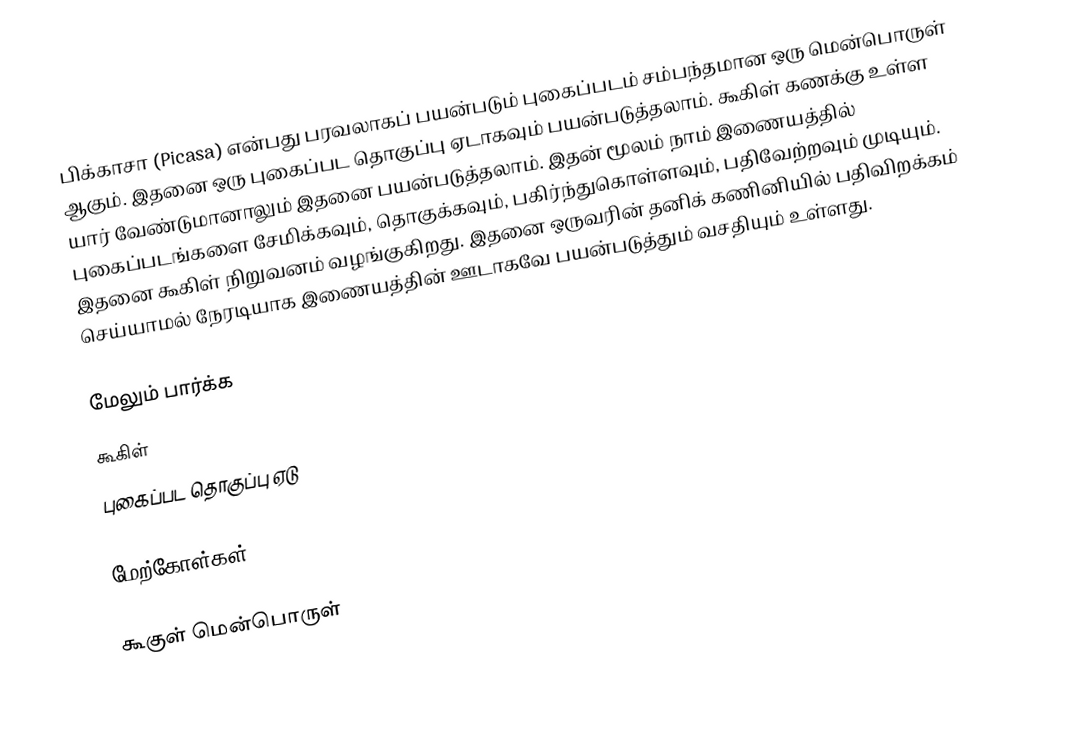
பிக்காசா (Picasa) என்பது பரவலாகப் பயன்படும் புகைப்படம் சம்பந்தமான ஒரு மென்பொருள் ஆகும். இதனை ஒரு புகைப்பட தொகுப்பு ஏடாகவும் பயன்படுத்தலாம். கூகிள் கணக்கு உள்ள யார் வேண்டுமானாலும் இதனை பயன்படுத்தலாம். இதன் மூலம் நாம் இணையத்தில் புகைப்படங்களை சேமிக்கவும், தொகுக்கவும், பகிர்ந்துகொள்ளவும், பதிவேற்றவும் முடியும். இதனை கூகிள் நிறுவனம் வழங்குகிறது. இதனை ஒருவரின் தனிக் கணினியில் பதிவிறக்கம் செய்யாமல் நேரடியாக இணையத்தின் ஊடாகவே பயன்படுத்தும் வசதியும் உள்ளது.

மேலும் பார்க்க
கூகிள்
புகைப்பட தொகுப்பு ஏடு

மேற்கோள்கள்

 கூகுள் மென்பொருள்